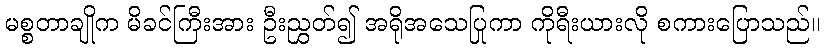
မစ္စတာချိုက မိခင်ကြီးအား ဦးညွှတ်၍ အရိုအသေပြုကာ ကိုရီးယားလို စကားပြောသည်။